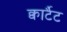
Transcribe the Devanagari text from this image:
क्वार्टैट